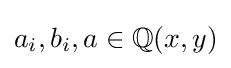
a_{i},b_{i},a\in \mathbb {Q} (x,y)